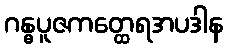
ဂန္ဓပူဇကတ္ထေရအပဒါန